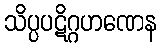
သိပ္ပပဋိဂ္ဂဟဏေန